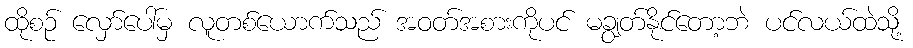
ထိုစဉ် လှော်ပေါ်မှ လူတစ်ယောက်သည် အဝတ်အစားကိုပင် မချွတ်နိုင်တော့ဘဲ ပင်လယ်ထဲသို့